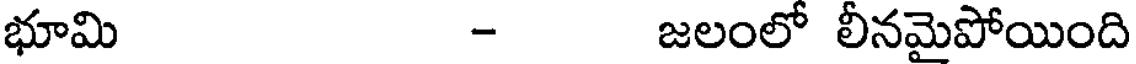
భూమి - జలంలో లీనమైపోయింది